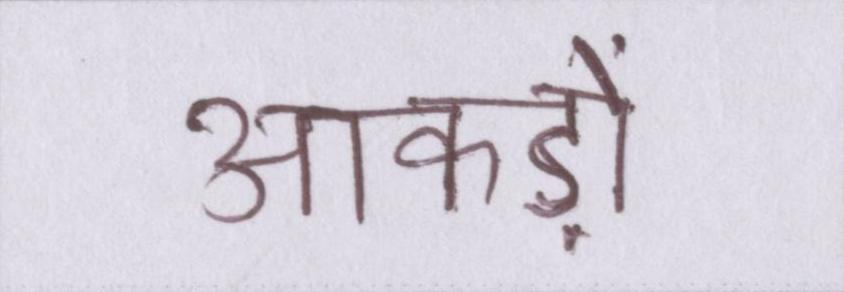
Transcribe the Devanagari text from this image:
आँकड़ों